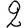
Digit: 2